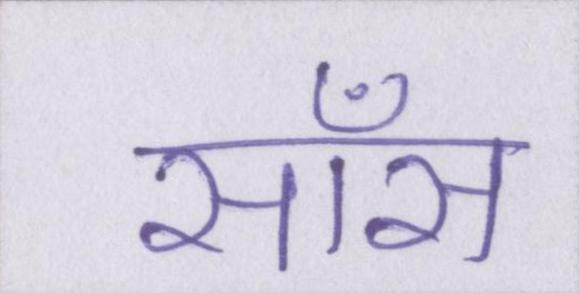
साँस